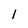
Character: 1